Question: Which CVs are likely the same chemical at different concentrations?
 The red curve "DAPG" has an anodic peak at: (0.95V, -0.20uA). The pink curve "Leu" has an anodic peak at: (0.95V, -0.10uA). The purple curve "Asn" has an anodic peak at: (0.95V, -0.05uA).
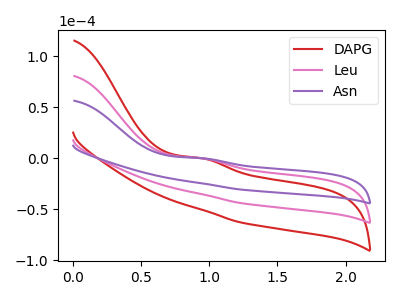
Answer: <think>All the peaks in "DAPG" have a peak in "Leu" at the same potential. Every peak in "DAPG" is lower than every peak in "Leu". All the peaks in "DAPG" have a peak in "Asn" at the same potential. Every peak in "DAPG" is lower than every peak in "Asn". All the peaks in "Leu" have a peak in "Asn" at the same potential. Every peak in "Leu" is lower than every peak in "Asn".
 </think>
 <answer>"Asn", "DAPG" and "Leu" have the same shape and are likely CV's of the same chemical.</answer>
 <eval>"Asn" "DAPG" "Leu"</eval>